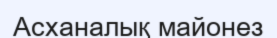
Асханалық майонез